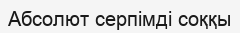
Абсолют серпiмдi соққы